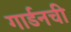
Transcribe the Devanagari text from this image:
गार्डनची